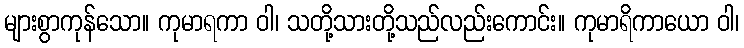
များစွာကုန်သော။ ကုမာရကာ ဝါ၊ သတို့သားတို့သည်လည်းကောင်း။ ကုမာရိကာယော ဝါ၊